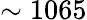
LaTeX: \sim 1065